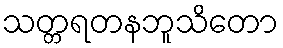
သတ္တရတနဘူသိတော